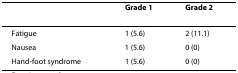
|  | Grade 1 | Grade 2 |
 | --- | --- | --- |
 | Fatigue | 1 (5.6) | 2 (11.1) |
 | Nausea | 1 (5.6) | 0 (0) |
 | Hand-foot syndrome | 1 (5.6) | 0 (0) |